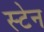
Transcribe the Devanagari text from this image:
स्‍टेन